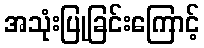
အသုံးပြုခြင်းကြောင့်